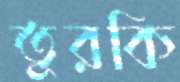
তুরকি